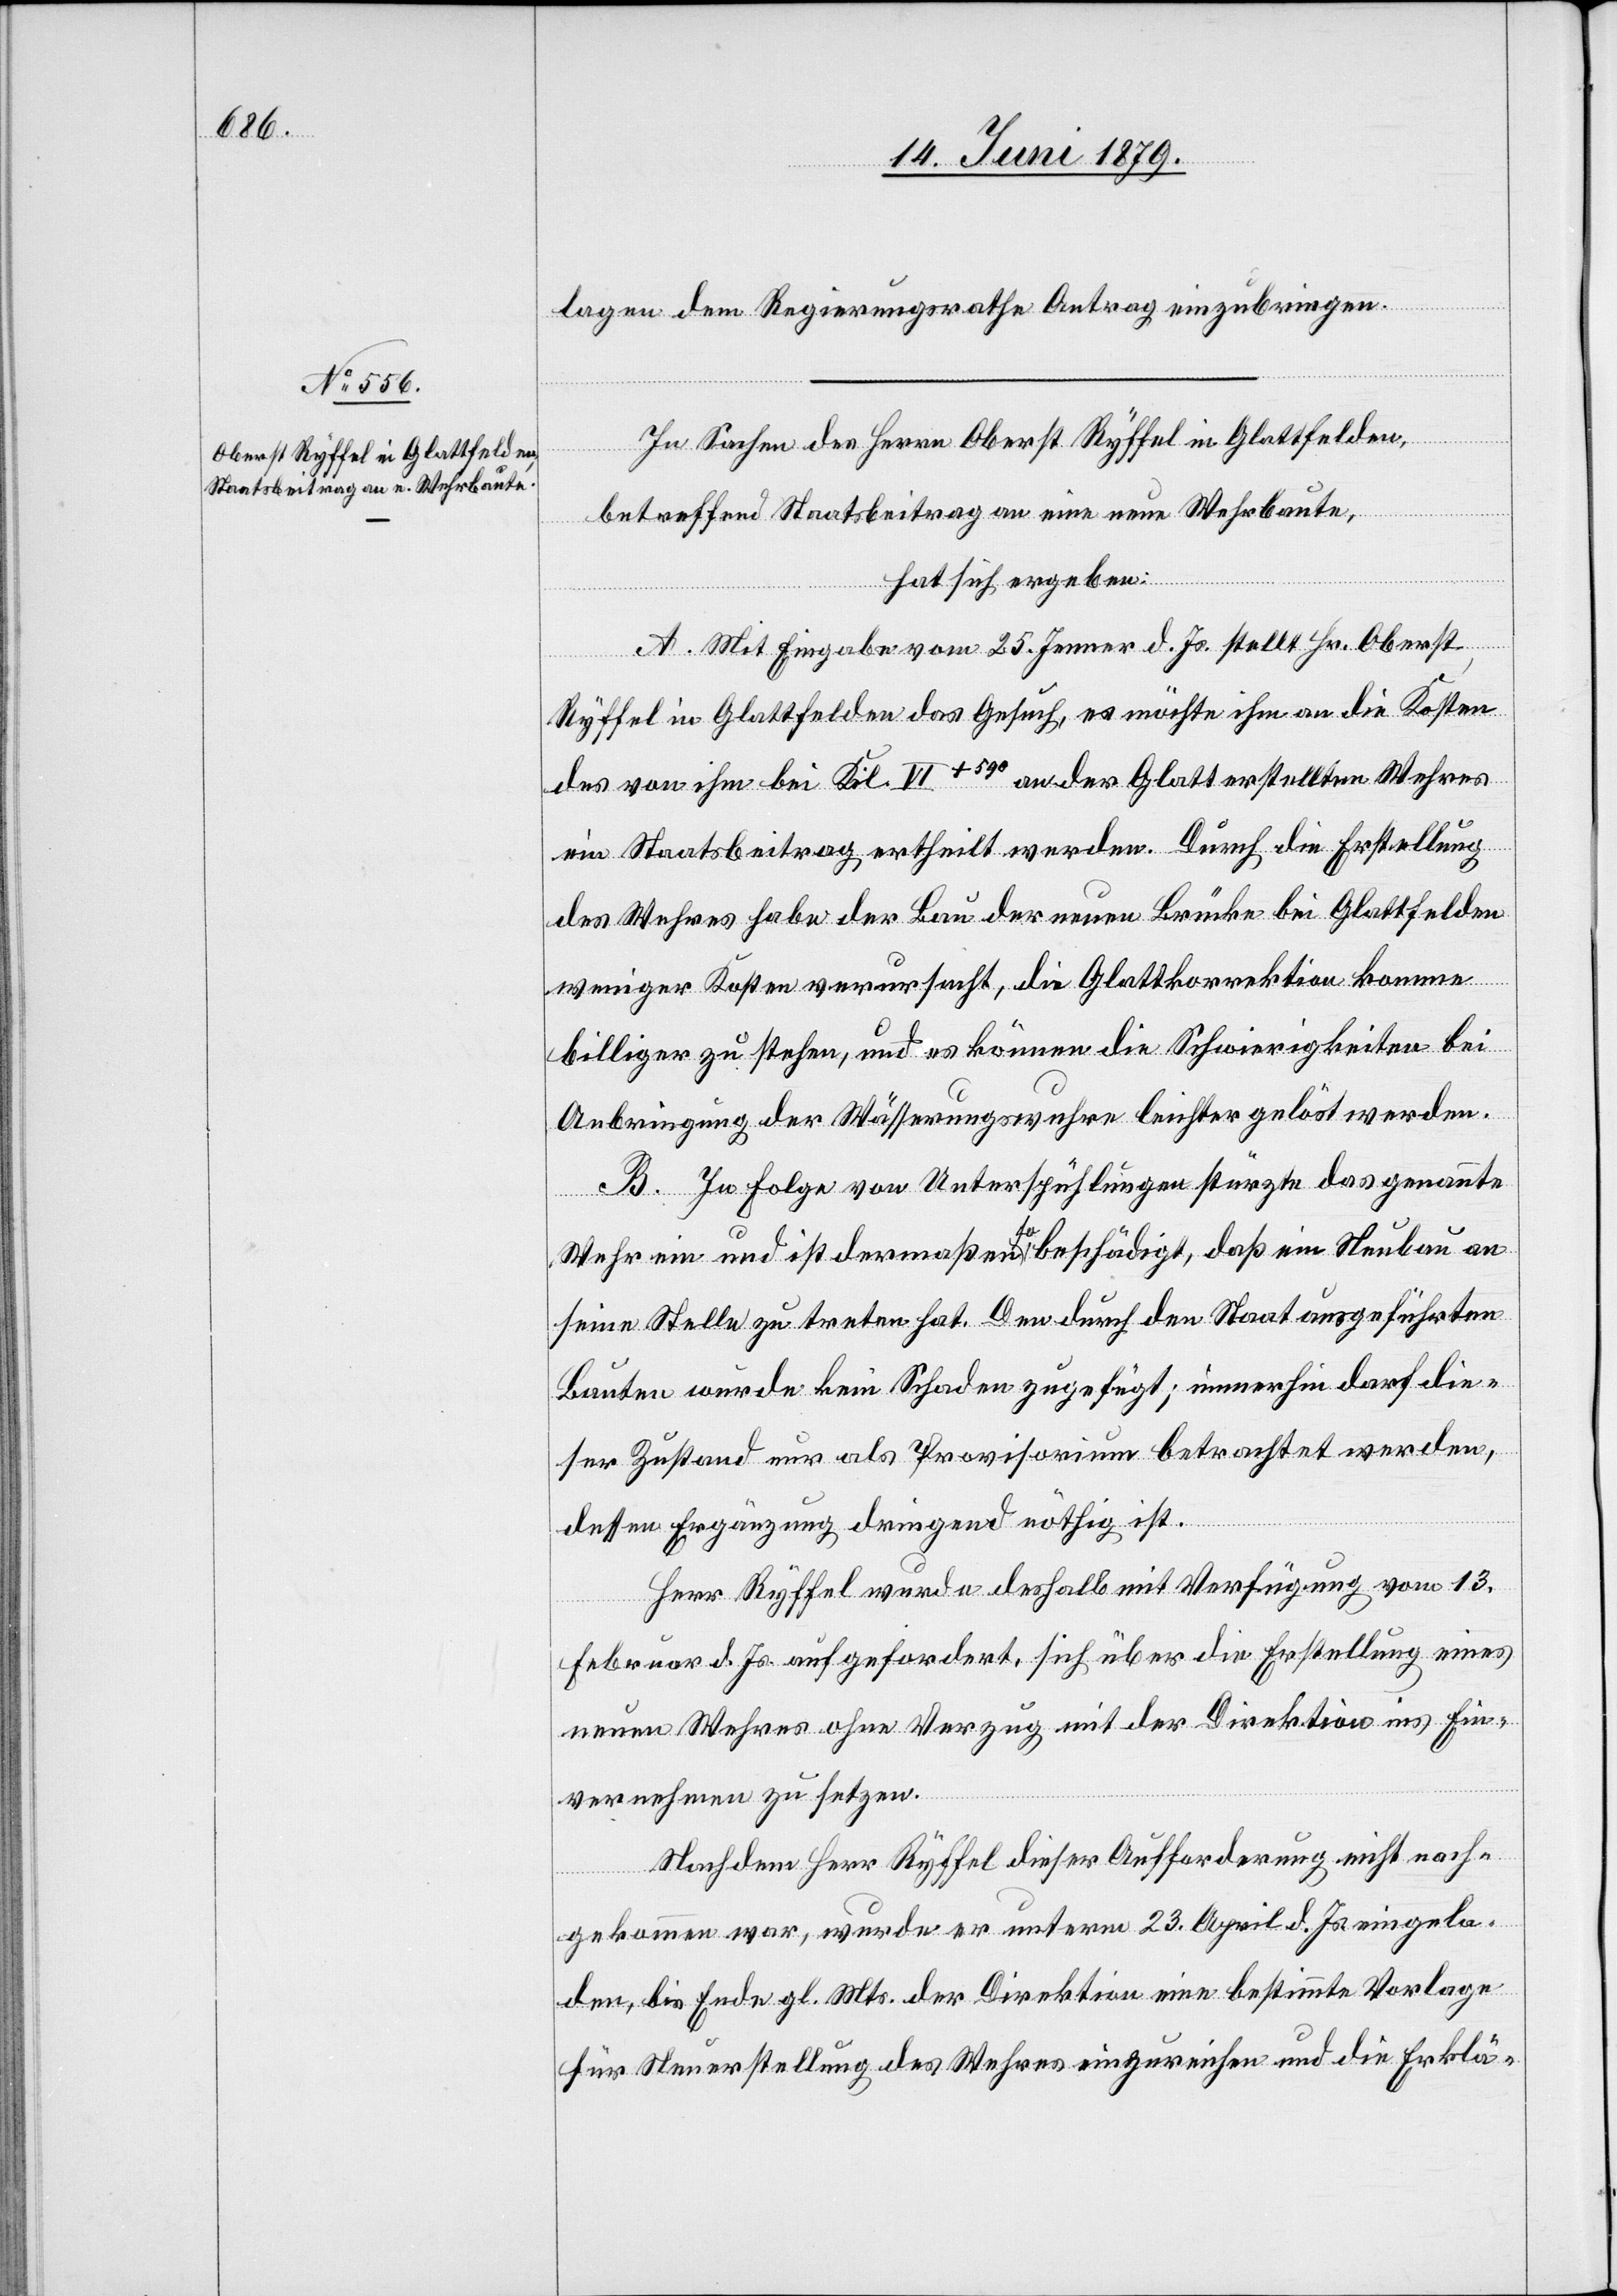
lagen dem Regierungsrathe Antrag einzubringen.
In Sachen des Herrn Oberst Ryffel in Glattfelden,
betreffend Staatsbeitrag an eine neue Wehrbaute,
hat sich ergeben:
A. Mit Eingabe vom 25. Jenner d. Js. stellt Hr. Oberst
Ryffel in Glattfelden das Gesuch, es möchte ihm an die Kosten
des von ihm bei Kil. VI+590 an der Glatt erstellten Wehres
ein Staatsbeitrag ertheilt werden. Durch die Erstellung
des Wehres habe der Bau der neuen Brücke bei Glattfelden
weniger Kosten verursacht, die Glattkorrektion komme
billiger zu stehen, und es können die Schwierigkeiten bei
Anbringung der Wässerungswuhre leichter gelöst werden.
B. In Folge von Unterspühlungen stürzte das genannte
Wehr ein und ist dermaßen so beschädigt, daß ein Neubau an
seine Stelle zu treten hat. Den durch den Staat ausgeführten
Bauten wurde kein Schaden zugefügt; immerhin darf die¬
ser Zustand nur als Provisorium betrachtet werden,
dessen Ergänzung dringend nöthig ist.
Herr Ryffel wurde deshalb mit Verfügung vom 13.
Februar d. Js. aufgefordert, sich über die Erstellung eines
neuen Wehres ohne Verzug mit der Direktion ins Ein¬
vernehmen zu setzen.
Nachdem Herr Ryffel dieser Aufforderung nicht nach¬
gekommen war, wurde er unterm 23. April d. Js. eingela¬
den, bis Ende gl. Mts. der Direktion eine bestimmte Vorlage
für Neuerstellung des Wehres einzureichen und die Erklä-